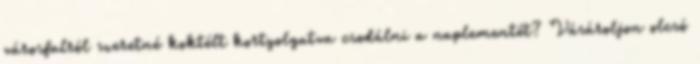
városfalról szeretné koktélt kortyolgatva csodálni a naplementét? Vásároljon olcsó